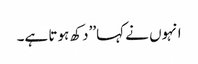
انہوں نے کہا’’دکھ ہوتا ہے۔